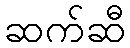
ဆက်ဆီ